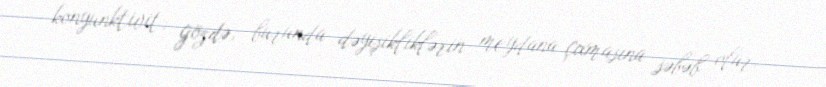
konyunktivit, gözdə, burunda dəyişikliklərin meydana çıxmasına səbəb olur.